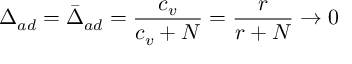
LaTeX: \Delta _ { a d } = \bar { \Delta } _ { a d } = \frac { c _ { v } } { c _ { v } + N } = \frac { r } { r + N } \rightarrow 0